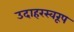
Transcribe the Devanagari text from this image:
उदाहरस्वरूप